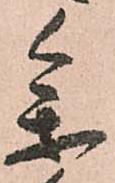
参